Indian journal of veterinary science and animal husbandry - Volume 2,
Year: 1932
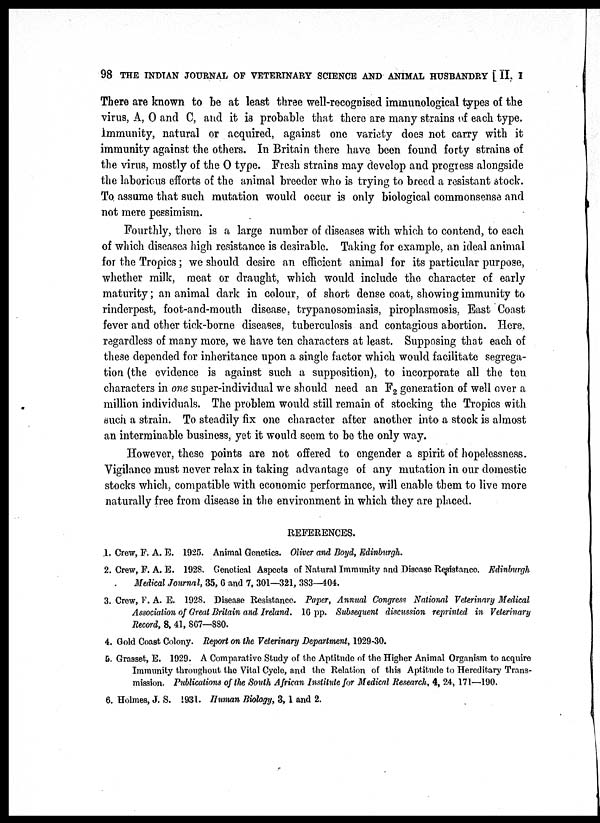
98 THE INDIAN JOURNAL OF VETERINARY SCIENCE AND ANIMAL HUSBANDRY [ II, I
There are known to be at least three well-recognised immunological types of the
virus, A, O and C, and it is probable that there are many strains of each type.
Immunity, natural or acquired, against one variety does not carry with it
immunity against the others. In Britain there have been found forty strains of
the virus, mostly of the O type. Fresh strains may develop and progress alongside
the laborious efforts of the animal breeder who is trying to breed a resistant stock.
To assume that such mutation would occur is only biological commonsense and
not mere pessimism.
Fourthly, there is a large number of diseases with which to contend, to each
of which diseases high resistance is desirable. Taking for example, an ideal animal
for the Tropics; we should desire an efficient animal for its particular purpose,
whether milk, meat or draught, which would include the character of early
maturity; an animal dark in colour, of short dense coat, showing immunity to
rinderpest, foot-and-mouth disease, trypanosomiasis, piroplasmosis, East Coast
fever and other tick-borne diseases, tuberculosis and contagious abortion. Here,
regardless of many more, we have ten characters at least. Supposing that each of
these depended for inheritance upon a single factor which would facilitate segrega-
tion (the evidence is against such a supposition), to incorporate all the ten
characters in one super-individual we should need an F 2 generation of well over a
million individuals. The problem would still remain of stocking the Tropics with
such a strain. To steadily fix one character after another into a stock is almost
an interminable business, yet it would seem to be the only way.
However, these points are not offered to engender a spirit of hopelessness.
Vigilance must never relax in taking advantage of any mutation in our domestic
stocks which, compatible with economic performance, will enable them to live more
naturally free from disease in the environment in which they are placed.
REFERENCES.
1. Crew, F. A. E. 1925. Animal Genetics. Oliver and Boyd, Edinburgh.
2. Crew, F. A. E. 1928. Genetical Aspects of Natural Immunity and Disease Resistance Edinburgh
Medical Journal, 35, 6 and 7, 301—321, 383—404.
3. Crew, F. A. E. 1928. Disease Resistance. Paper, Annual Congress National Veterinary Medical
Association of Great Britain and Ireland. 16 pp. Subsequent discussion reprinted in Veterinary
Record, 8, 41, 867—880.
4. Gold Coast Colony. Report on the Veterinary Department, 1929-30.
5. Grasset, E. 1929. A Comparative Study of the Aptitude of the Higher Animal Organism to acquire
Immunity throughout the Vital Cycle, and the Relation of this Aptitude to Hereditary Trans-
mission. Publications of the South African Institute for Medical Research, 4, 24, 171—190.
6. Holmes, J. S. 1931. Human Biology, 3,1 and 2.